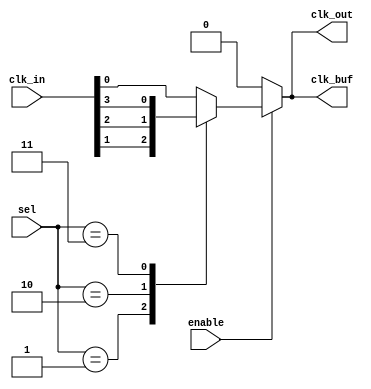
module clock_mux_buffer #(
    parameter n = 4,         // Number of clock inputs
    parameter m = 2          // Number of select lines (log2(n))
)(
    input  wire [n-1:0] clk_in,    // Clock inputs
    input  wire [m-1:0] sel,        // Select lines
    input  wire enable,              // Enable signal
    output reg  clk_out,             // Clock output
    output reg  clk_buf              // Buffered clock output
);

reg [n-1:0] selected_clk;           // Selected clock based on sel lines

// Multiplexer logic
always @(*) begin
    if (enable) begin
        // Select the appropriate clock input
        case (sel)
            2'b00: selected_clk = clk_in[0];
            2'b01: selected_clk = clk_in[1];
            2'b10: selected_clk = clk_in[2];
            2'b11: selected_clk = clk_in[3];
            default: selected_clk = 0; // Default case (safety)
        endcase

        // Assign the selected clock to clk_out and clk_buf
        clk_out = selected_clk;
        clk_buf = selected_clk; // Buffering the selected clock
    end else begin
        // Hold output in a stable state when disabled
        clk_out = 1'b0;
        clk_buf = 1'b0; // Make sure buffer is also held low
    end
end

endmodule